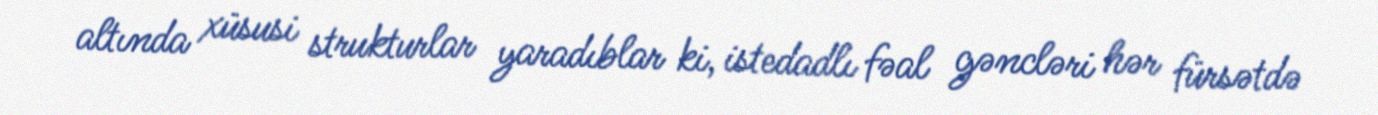
altında xüsusi strukturlar yaradıblar ki, istedadlı fəal gəncləri hər fürsətdə